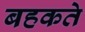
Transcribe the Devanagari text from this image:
बहकते